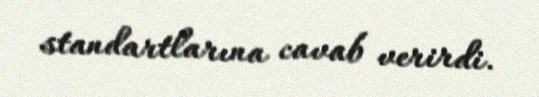
standartlarına cavab verirdi.